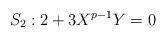
LaTeX: \begin{align*}S_2: 2+3X^{p-1}Y=0\end{align*}